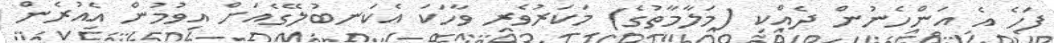
ފަހެ އެ އަންހެނުން ދެއްކި (މަލާމާތުގެ) މަކަރުވެރި ވާހަކަ އެކަނބުލޭގެއަށް އިވުމުން އެއުރެން